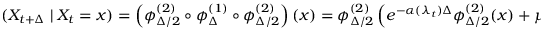
( X _ { t + \Delta } \mid X _ { t } = x ) = \left( \phi _ { \Delta / 2 } ^ { ( 2 ) } \circ \phi _ { \Delta } ^ { ( 1 ) } \circ \phi _ { \Delta / 2 } ^ { ( 2 ) } \right) ( x ) = \phi _ { \Delta / 2 } ^ { ( 2 ) } \left( e ^ { - \alpha ( \lambda _ { t } ) \Delta } \phi _ { \Delta / 2 } ^ { ( 2 ) } ( x ) + \mu ( \lambda _ { t } ) ( 1 - e ^ { - \alpha ( \lambda _ { t } ) \Delta } ) + \xi _ { t } \right) ,